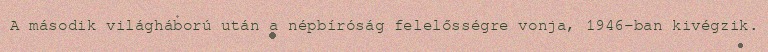
A második világháború után a népbíróság felelősségre vonja, 1946-ban kivégzik.